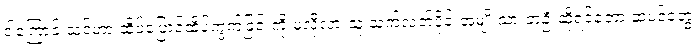
ဒါကြောင့် သင်ဟာ ထိပ်ပြောင်ထိပ်ကွက်ခြင်းကို မလိုလားသူ သက်လတ်ပိုင်းအမျိုးသားတဦးဆိုရင်တော့ ဆံပင်တွေ